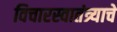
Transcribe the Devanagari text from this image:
विचारस्वातंत्र्याचे